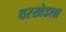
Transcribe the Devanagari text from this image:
वरखेडला